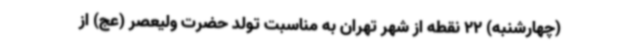
(چهارشنبه) 22 نقطه از شهر تهران به مناسبت تولد حضرت ولیعصر (عج) از